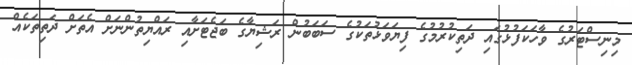
މިނިސްޓަރުގެ ވާހަކަފުޅުގައި ދަތިކުރުމުގެ ފިޔަވަޅުތަކުގެ ސަބަބުން ރަޝިޔާގެ ބަޖެޓަށާއި ރައްޔިތުންނަށް އެތަށް ދަތިތަކެއް